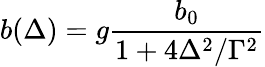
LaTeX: b(\Delta)=g\frac{b_{0}}{1+4\Delta^{2}/\Gamma^{2}}